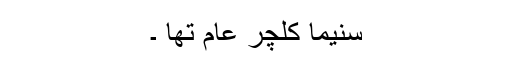
سنیما کلچر عام تھا ۔